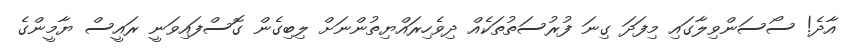
އާދެ! ސޯސަންވިލާގައި މިފަދަ ގިނަ ފުރުސަތުތަކެއް ދިވެހިރައްޔިތުންނަށް ލިބިގެން ގޮސްފައިވަނީ ރައީސް ޔާމީންގެ